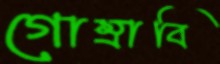
গোম্‌রাবি